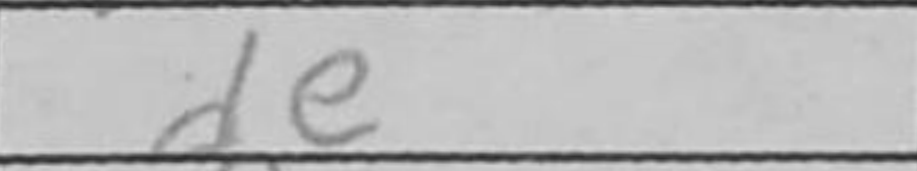
Transcription: de